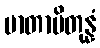
မာတာပိတုန္နံ